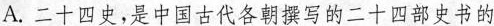
A.二十四史，是中国古代各朝撰写的二十四部史书的